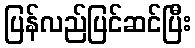
ပြန်လည်ပြင်ဆင်ပြီး